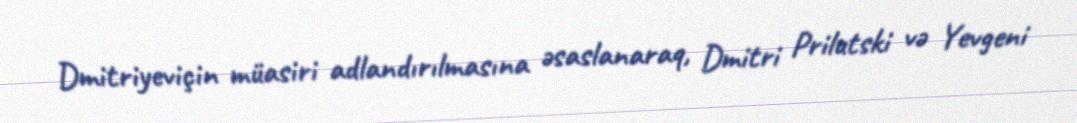
Dmitriyeviçin müasiri adlandırılmasına əsaslanaraq, Dmitri Prilutski və Yevgeni